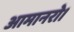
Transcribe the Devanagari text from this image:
आमानरो।